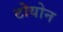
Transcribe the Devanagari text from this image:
टोयोन